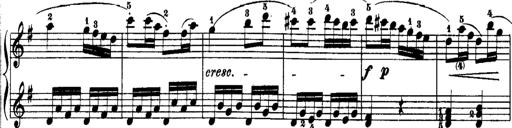
Title: Rondos and Sonatinas for Pianoforte
Composer: Daniel Steibelt